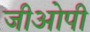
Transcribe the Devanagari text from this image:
जीओपी